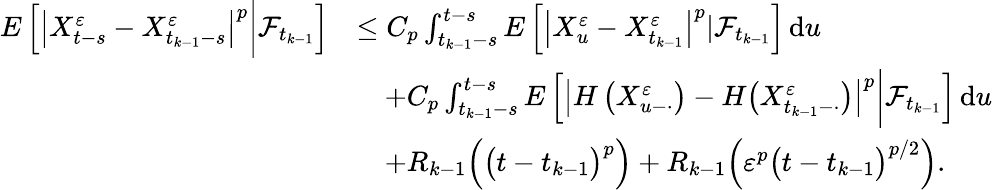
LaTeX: \begin{array}{rl}{E\left[\left|X_{t-s}^{\varepsilon}-X_{t_{k-1}-s}^{\varepsilon}\right|^{p}\bigg|\mathcal{F}_{t_{k-1}}\right]}&{\leq C_{p}\int_{t_{k-1}-s}^{t-s}E\left[\left|X_{u}^{\varepsilon}-X_{t_{k-1}}^{\varepsilon}\right|^{p}|\mathcal{F}_{t_{k-1}}\right]\, \mathrm{d}u}\\ &{\quad+C_{p}\int_{t_{k-1}-s}^{t-s}E\left[\left|H\left(X_{u-\cdot}^{\varepsilon}\right)-H\big(X_{t_{k-1}-\cdot}^{\varepsilon}\big)\right|^{p}\bigg|\mathcal{F}_{t_{k-1}}\right]\, \mathrm{d}u}\\ &{\quad+R_{k-1}\Big(\big(t-t_{k-1}\big)^{p}\Big)+R_{k-1}\Big(\varepsilon^{p}\big(t-t_{k-1}\big)^{p/2}\Big).}\end{array}